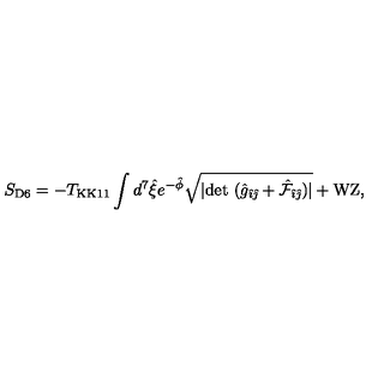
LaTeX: S _ { \mathrm { D 6 } } = - T _ { \mathrm { K K 1 1 } } \int d ^ { 7 } \hat { \xi } e ^ { - \hat { \phi } } \sqrt { | \mathrm { d e t } \ ( \hat { g } _ { \hat { \imath } \hat { \jmath } } + { \hat { \cal F } } _ { \hat { \imath } \hat { \jmath } } ) | } + \mathrm { W Z } ,